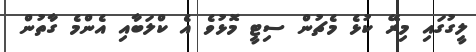
ލީގުގައި މިރޭ ކުޅެ މެޗުން ސިޓީ މޮޅުވެ އެ ކްލަބާއި އެންމެ ގާތުން